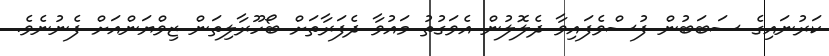
ކަރުނައިގެ ސަބަބުން ފުސްވެފައިވާ ދެލޮލުން އެވަގުތު މައުވާ ދެފަރާތަށް ބޯހޫރާލިތަން ޒިވްޔަންއަށް ފެނުނެވެ.